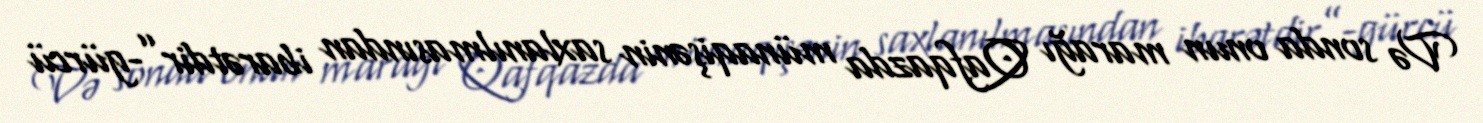
Və sonda onun marağı Qafqazda münaqişənin saxlanılmasından ibarətdir”-gürcü